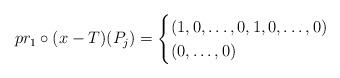
LaTeX: \begin{align*}pr_1\circ(x-T)(P_j)=\begin{cases}(1,0,\dots,0,1,0,\dots,0)&\\(0,\dots,0)&\end{cases}\end{align*}